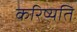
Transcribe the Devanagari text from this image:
करिष्यति